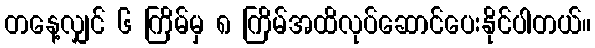
တနေ့လျှင် ၆ ကြိမ်မှ ၈ ကြိမ်အထိလုပ်ဆောင်ပေးနိုင်ပါတယ်။